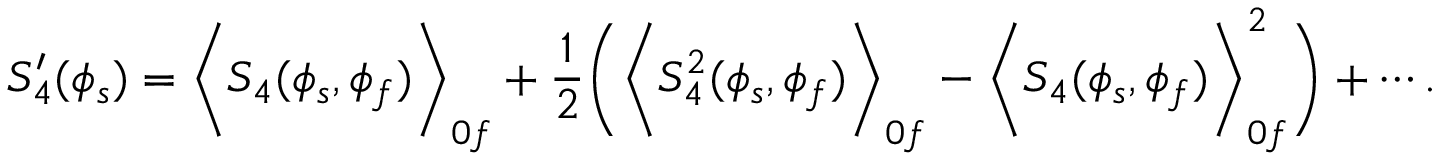
S _ { 4 } ^ { \prime } ( \phi _ { s } ) = \biggl < S _ { 4 } ( \phi _ { s } , \phi _ { f } ) \biggr > _ { 0 f } + \frac { 1 } { 2 } \biggl ( \biggl < S _ { 4 } ^ { 2 } ( \phi _ { s } , \phi _ { f } ) \biggr > _ { 0 f } - \biggl < S _ { 4 } ( \phi _ { s } , \phi _ { f } ) \biggr > _ { 0 f } ^ { 2 } \biggr ) + \cdots .